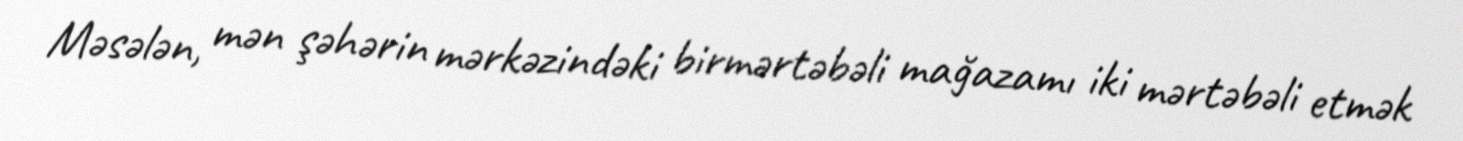
Məsələn, mən şəhərin mərkəzindəki birmərtəbəli mağazamı iki mərtəbəli etmək